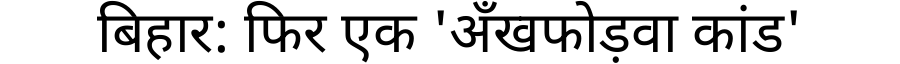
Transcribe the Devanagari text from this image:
बिहार: फिर एक 'अँखफोड़वा कांड'